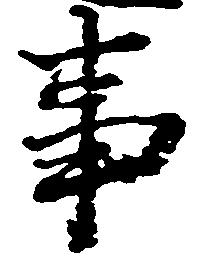
事